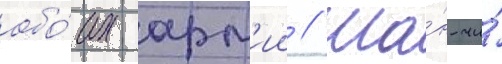
обо́их арм'ии // Ша́н-чи́